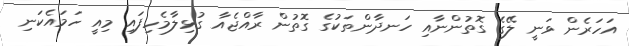
އަހަރެން ވަނީ ލޭގެ ގޮތުންނާއި ހަނދާންތަކުގެ ގޮތުން ރާއްޖެއާ ގުޅިލާމެހިފައި މިއީ ހަމައެކަނި